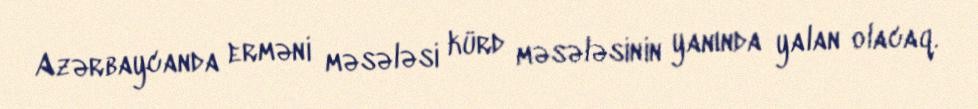
Azərbaycanda erməni məsələsi kürd məsələsinin yanında yalan olacaq.